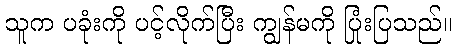
သူက ပခုံးကို ပင့်လိုက်ပြီး ကျွန်မကို ပြုံးပြသည်။